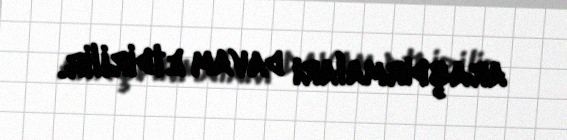
araşdırmaları davam etdirilir.